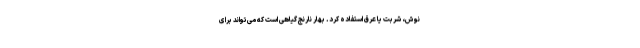
نوش، شربت یا عرق استفاده کرد. بهار نارنج گیاهی است که می‌تواند برای